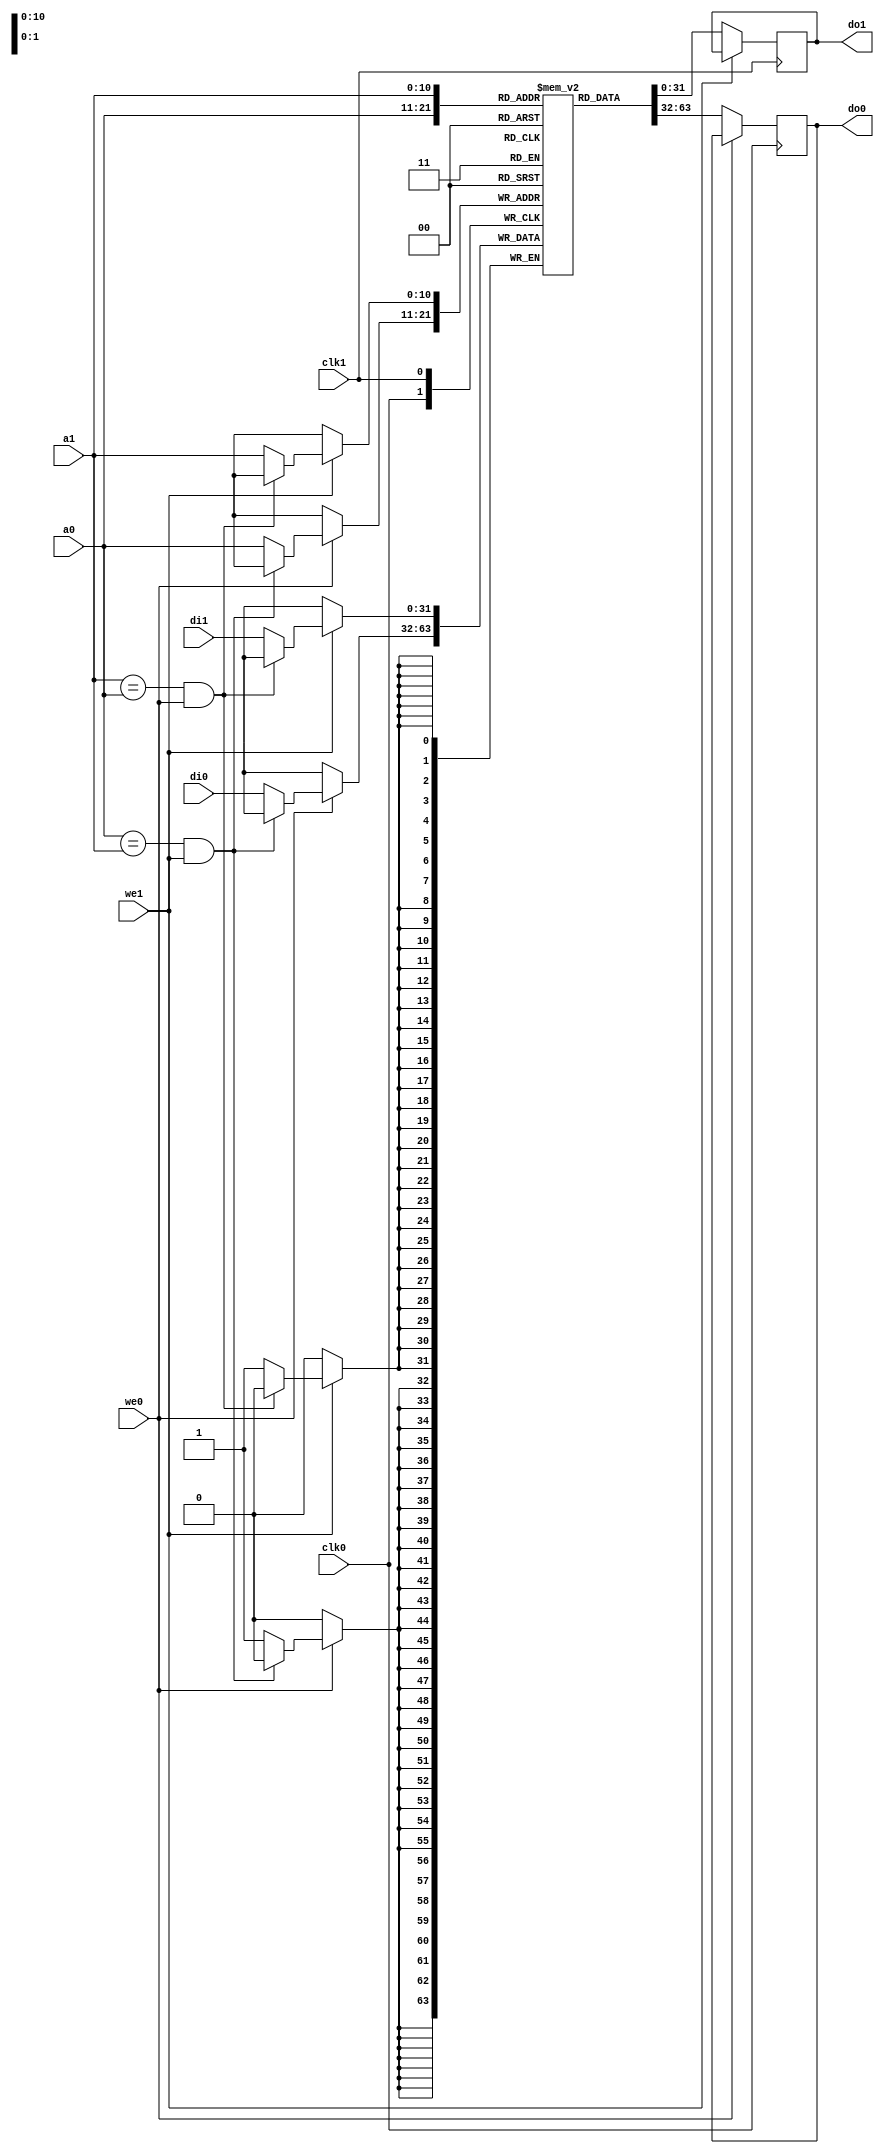
// Description     : a library of true dual port RAM model
////////////////////////////////////////////////////////////////////////////////// 

module ram2rwx (clk0,a0,we0,di0,do0,clk1,a1,we1,di1,do1);

parameter ADDRBIT_A = 11;
parameter DEPTH_A = 1536;
parameter WIDTH_A = 32;

parameter ADDRBIT_B = 11;
parameter DEPTH_B = 1536;
parameter WIDTH_B = 32;

parameter TYPE = "AUTO";
parameter MAXDEPTH = 0;

parameter DEPTH_R = (DEPTH_A >= DEPTH_B)? DEPTH_A : DEPTH_B;
parameter WIDTH_R = (WIDTH_A >= WIDTH_B)? WIDTH_A : WIDTH_B;

input                   clk0, clk1;
input [ADDRBIT_A-1:0]   a0;
input                   we0;
input [WIDTH_A-1:0]     di0;
output [WIDTH_A-1:0]    do0;

input [ADDRBIT_B-1:0]   a1;
input                   we1;
input [WIDTH_B-1:0]     di1;
output [WIDTH_B-1:0]    do1;

reg [WIDTH_R-1:0] ram [DEPTH_R-1:0];
reg [WIDTH_A-1:0] do0;
reg [WIDTH_B-1:0] do1;

integer i;
initial
    begin 
    for(i=0;i<DEPTH_R;i=i+1)
        ram[i] = {WIDTH_R{1'b0}};
    end

always @ (posedge clk0)
    begin
    if (we0)
        begin
        if ((a0 == a1) & we1)
            begin
            //do <= {WIDTH{1'bx}};  do not like altera model.           
            $display ("<<ERROR>> Port A write and Port B write at the same address @clk0 at %h",a0);
            end
        else
            begin
            ram[a0] <= di0;
            end
        end
    else do0 <= ram[a0];
/* -----\/----- EXCLUDED -----\/-----
    
        begin
        if ((a0 == a1) & we1)
            begin
            $display ("<<ERROR>> Port A read and Port B write at the same address @clk0 at %h",a0);            
            end
        else    do0 <= ram[a0];
        end
 -----/\----- EXCLUDED -----/\----- */
    end

always @ (posedge clk1)
    begin
    if (we1)
        begin
        if ((a1 == a0) & we0)
            begin
            //do <= {WIDTH{1'bx}};  do not like altera model.           
            $display ("<<ERROR>> Port A write and Port B write at the same address @clk1 at %h",a1);
            end
        else
            begin
            ram[a1] <= di1;
            end
        end
    else    do1 <= ram[a1];
/* -----\/----- EXCLUDED -----\/-----
    
        begin
        if ((a1 == a0) & we0)
            begin
            $display ("<<ERROR>> Port A write and Port B read at the same address @clk1 at %h",a1);            
            end
        else    do1 <= ram[a1];
        end
 -----/\----- EXCLUDED -----/\----- */
    end

endmodule